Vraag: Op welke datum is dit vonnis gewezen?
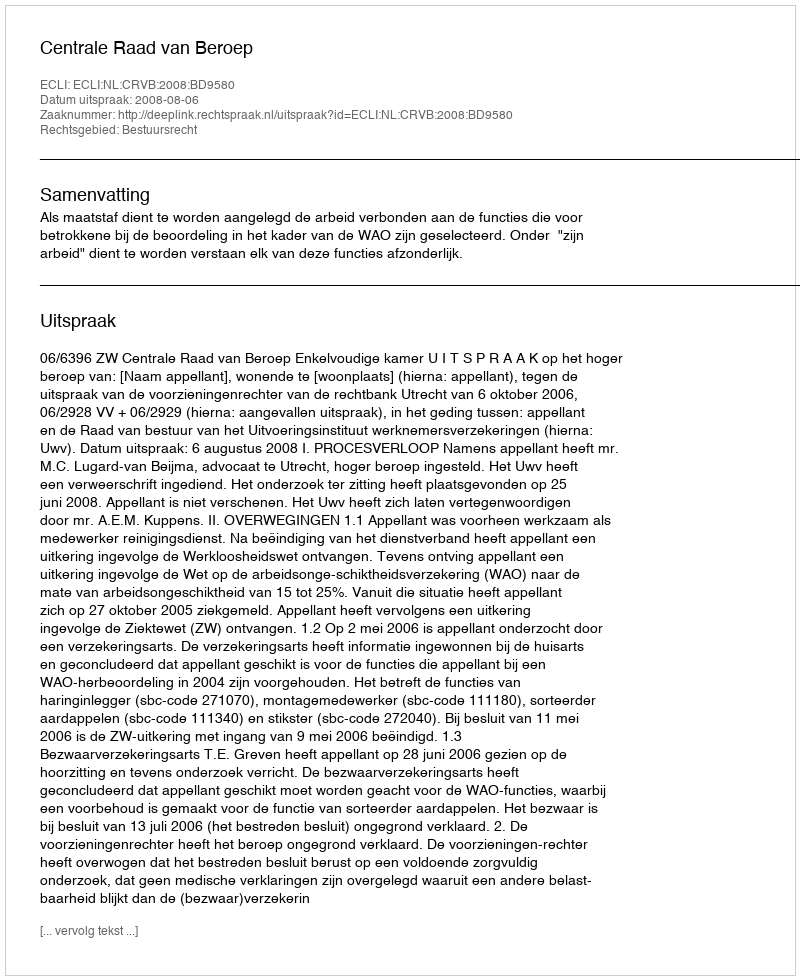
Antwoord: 2008-08-06